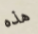
هذه